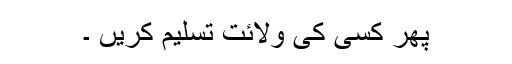
پھر کسی کی ولائت تسلیم کریں ۔